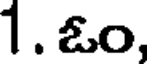
1. ఓం,